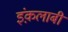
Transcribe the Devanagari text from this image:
इंक़लाबी